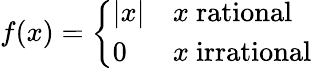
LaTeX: f(x)={\left\{ \begin{array}{ll}{|x|}&{x{\mathrm{~rational~}}}\\ {0}&{x{\mathrm{~irrational~}}}\end{array}\right.}